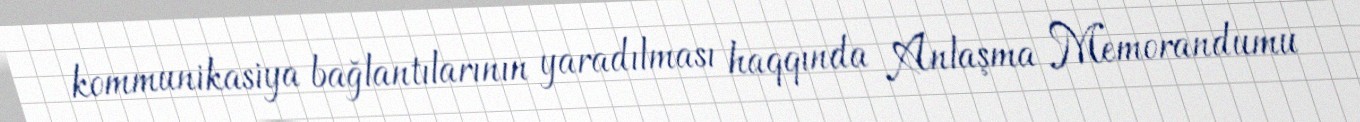
kommunikasiya bağlantılarının yaradılması haqqında Anlaşma Memorandumu